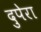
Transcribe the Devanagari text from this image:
दुपेरा